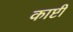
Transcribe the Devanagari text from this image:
काष्टी